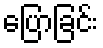
ပြောခြင်း